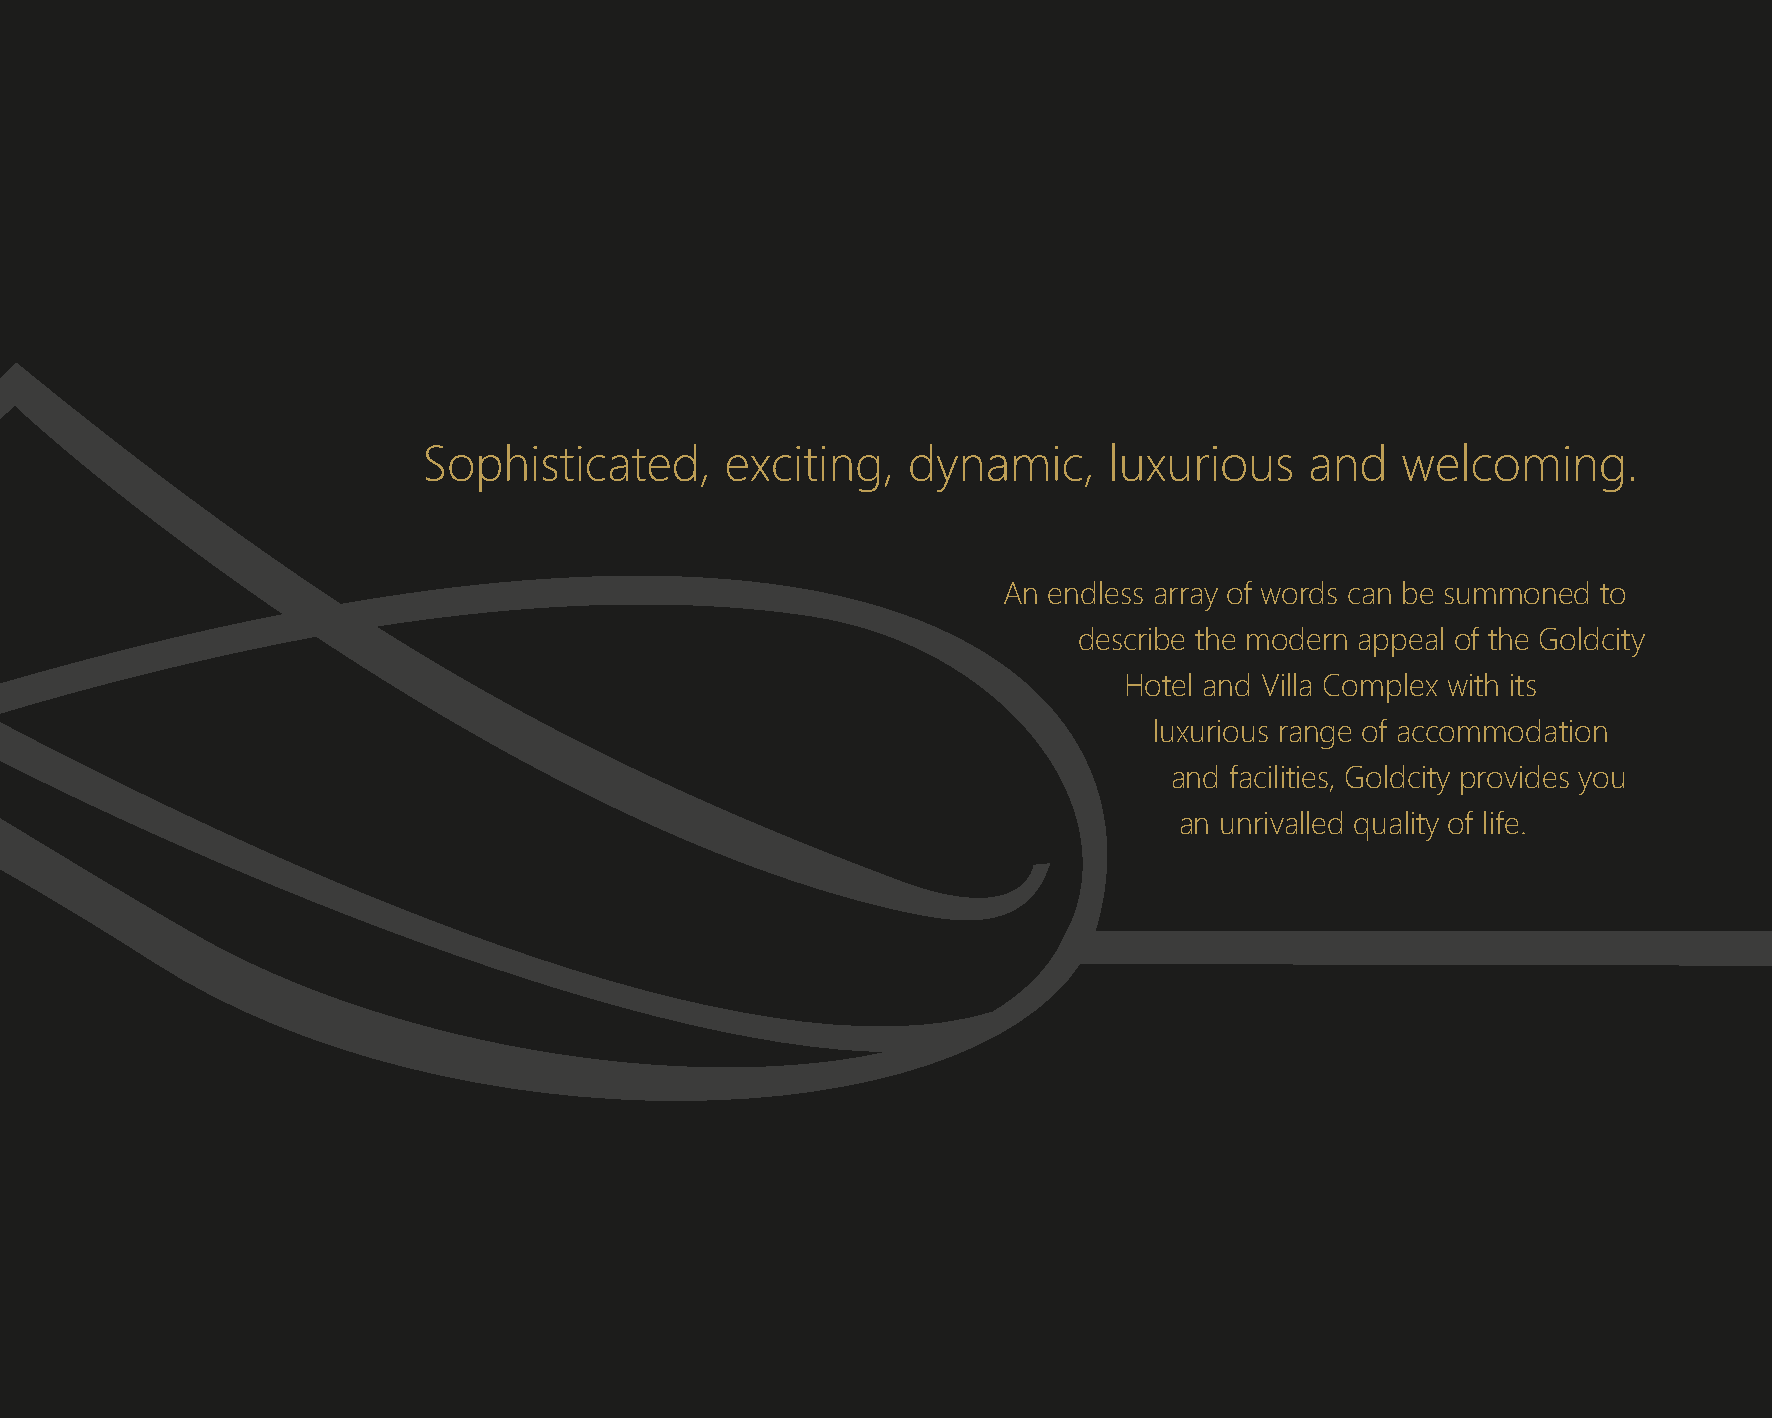
Sophisticated,      exciting,   dynamic,     luxurious     and   welcoming.
 An endless array of words can be summoned to
 describe the modern appeal of the Goldcity
 Hotel and Villa Complex with its
 luxurious range of accommodation
 and facilities, Goldcity provides you
 an unrivalled quality of life.